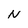
Character: N